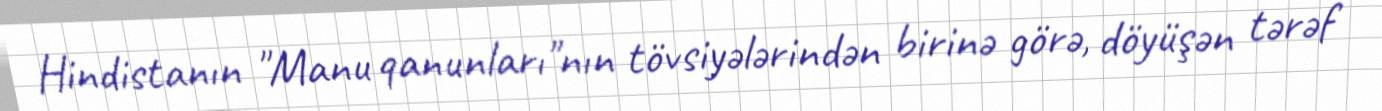
Hindistanın "Manu qanunları"nın tövsiyələrindən birinə görə, döyüşən tərəf